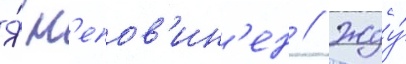
Я́ н'епов'ин'ен // Жду́